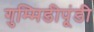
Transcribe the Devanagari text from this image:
गुम्मिडीपूंडी